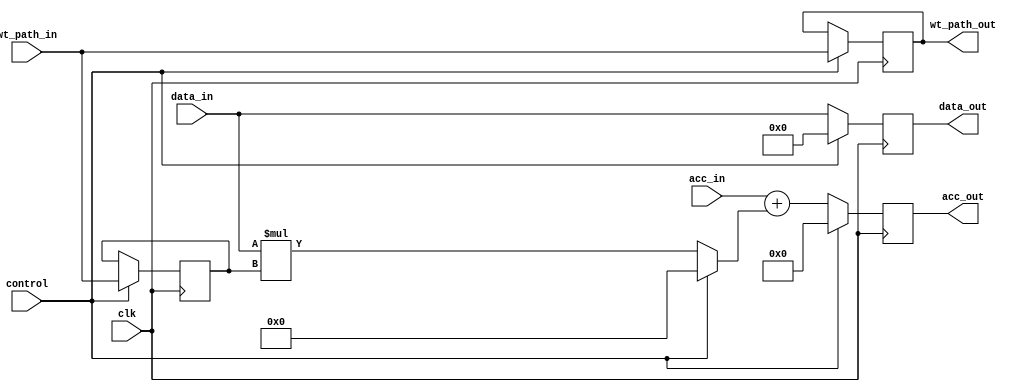
`timescale 1ns / 1ns

module MAC #(parameter bit_width=8, acc_width=32)(
    clk,
    control,
    acc_in,    //a
    acc_out,   //a+b*c
    data_in,   //b
    wt_path_in,      //c
    data_out,  
    wt_path_out      
 );
   input clk;
   input control; // control signal used to indidate if it is weight loading or not
   
   input [acc_width-1:0] acc_in; // accumulation in
   input [bit_width-1:0] data_in;  // data input or activation in
   input [bit_width-1:0] wt_path_in;   // weight data in
   output reg [acc_width-1:0] acc_out;  // accumulation out
   output reg [bit_width-1:0] data_out;    // activation out
   output reg [bit_width-1:0] wt_path_out;      // weight data out
   
   // A register to store the stationary weights
   reg [bit_width-1:0] mac_weight;
   wire [acc_width-1:0] mlt;

   assign mlt = control ? 'h0 : data_in*mac_weight;
   
   // implement your MAC Unit below
   always@(posedge clk) begin
      if (control) begin
         data_out    <= 'h0;
         acc_out     <= 'h0;
         mac_weight  <= wt_path_in;
         wt_path_out <= wt_path_in;
      end else begin
         data_out    <= data_in;
         acc_out     <= acc_in + mlt;
      end
   end

endmodule